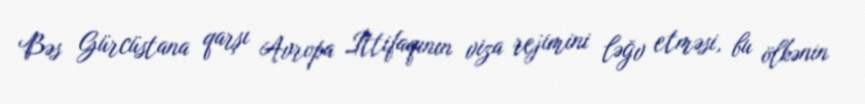
Bəs Gürcüstana qarşı Avropa İttifaqının viza rejimini ləğv etməsi, bu ölkənin